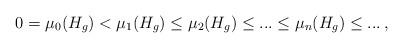
LaTeX: \begin{align*}0=\mu_0(H_g)<\mu_{1}(H_g)\leq\mu_{2}(H_g)\leq...\leq\mu_{n}(H_g)\leq...\,,\end{align*}